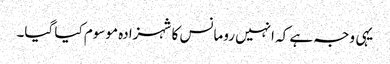
یہی وجہ ہے کہ انہیں رومانس کا شہزادہ موسوم کیا گیا۔